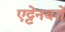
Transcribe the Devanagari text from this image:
एट्टेनबरो